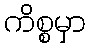
ကိစ္စမှာ